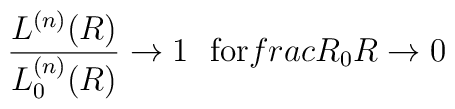
\frac{L^{(n)} (R)}{L_0^{(n)}(R)} \rightarrow 1 \ \ \mbox{for}\ \\frac{R_0}{R} \rightarrow 0